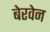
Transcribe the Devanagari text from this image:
बेरवेन